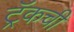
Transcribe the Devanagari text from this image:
ट्रॅकची